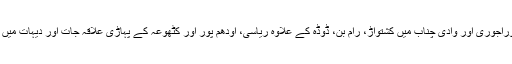
خطہ پیر پنجال کے اضلاع پونچھ وراجوری اور وادی چناب میں کشتواڑ، رام بن، ڈوڈہ کے علاوہ ریاسی، اودھم پور اور کٹھوعہ کے پہاڑی علاقہ جات اور دیہات میں کم وپیش یکساں کی صورتحال ہے۔